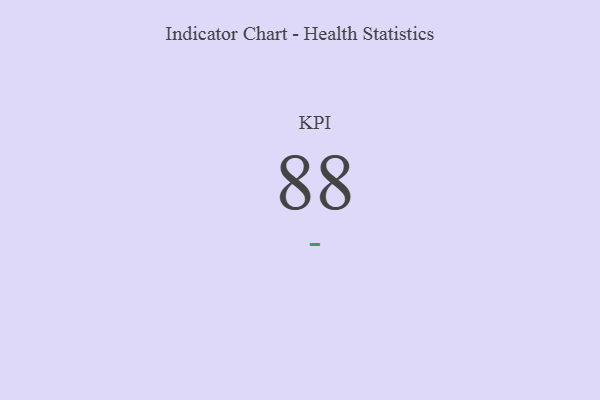
{"axis": {"x": "KPI", "y": "Value"}, "legend": [""], "data": [{"x": "KPI", "y": 88, "type": ""}]}